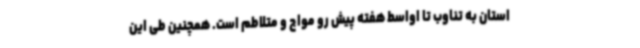
استان به تناوب تا اواسط هفته پیش رو مواج و متلاطم است. همچنین طی این